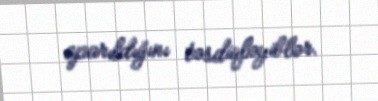
aparıldığını təsdiqləyiblər.